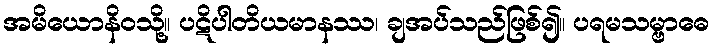
အမိယောနိဝသို့။ ပဋိပါတိယမာနဿ၊ ချအပ်သည်ဖြစ်၍။ ပရမသမ္ဗာဓေ